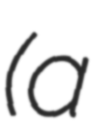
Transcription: (a